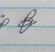
Signature authenticity: genuine